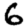
Digit: 6